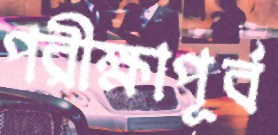
পরীক্ষাপূর্ব